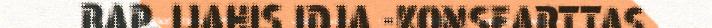
RAP. IJAHIS IDJA -KONSEARTTAS